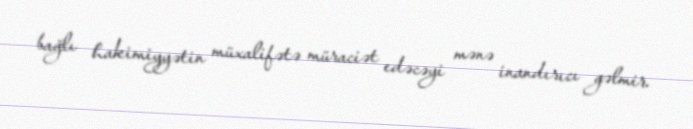
bağlı hakimiyyətin müxalifətə müraciət edəcəyi mənə inandırıcı gəlmir.